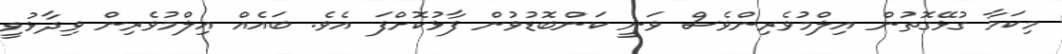
މިކަމާ ގުޅޭގޮތުން އިލްމުވެރިންވެސް ވަނީ ކަންބޮޑުވުން ފާޅުކޮށްފަ އެވެ. ބައެއް އިލްމުވެރިން ވިދާޅުވީ